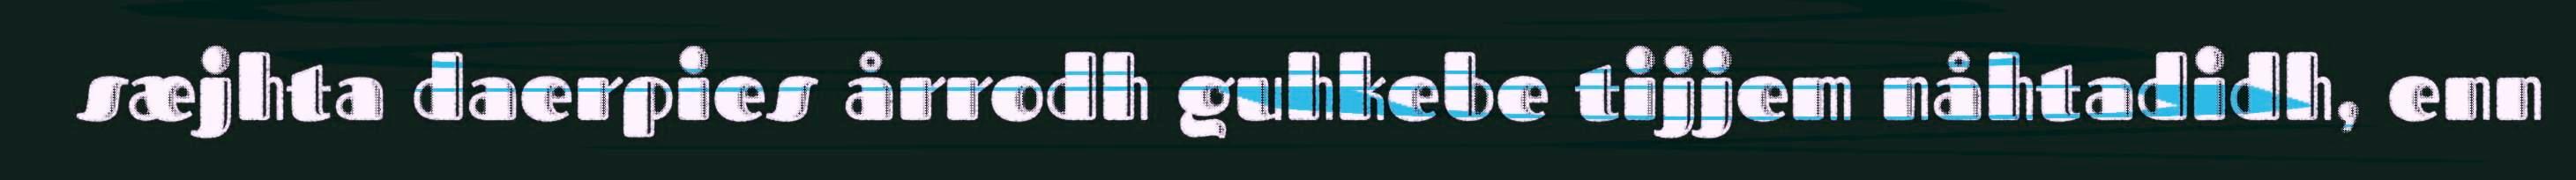
sæjhta daerpies årrodh guhkebe tijjem nåhtadidh, enn